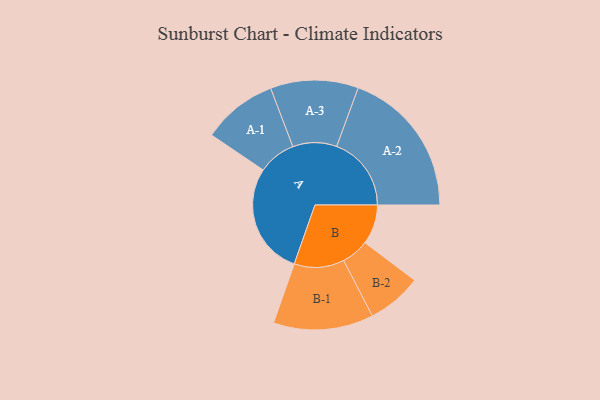
{"axis": {"x": "Segment", "y": "Value"}, "legend": ["", "A", "B"], "data": [{"x": "A", "y": 441, "type": ""}, {"x": "B", "y": 156, "type": ""}, {"x": "A-1", "y": 148, "type": "A"}, {"x": "A-2", "y": 294, "type": "A"}, {"x": "A-3", "y": 173, "type": "A"}, {"x": "B-1", "y": 197, "type": "B"}, {"x": "B-2", "y": 108, "type": "B"}]}